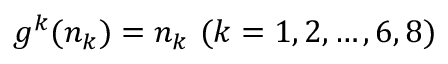
g ^ { k } ( n _ { k } ) = n _ { k } \ ( k = 1 , 2 , \ldots , 6 , 8 )